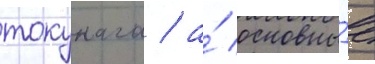
токунага / а́ основны́е